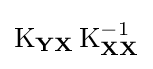
\operatorname {K} _{\mathbf {YX} }\operatorname {K} _{\mathbf {XX} }^{-1}